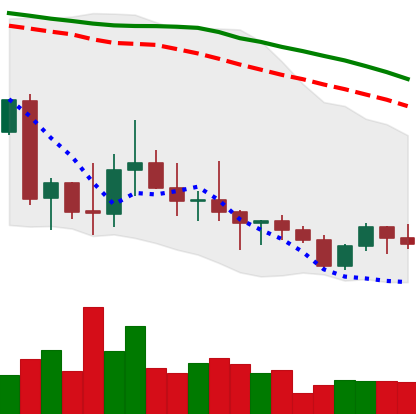
Ticker: ADA-USD
Chart end date: 2022-10-06
Forward return: -8.899%
Label: down_7plus